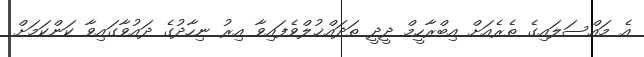
އެ މައްސަލައިގެ ތެރެއަށް އިބްރާހީމް ދީދީ ތަދައްޚުލްވެފައިވާ އިރު ނިހާދުގެ ދައުވާގައިވާ ކަންކަމަށް